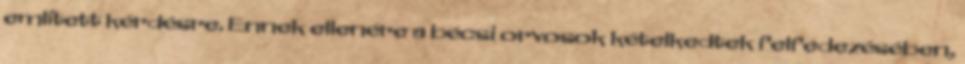
említett kérdésre. Ennek ellenére a bécsi orvosok kételkedtek felfedezésében,